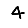
Digit: 4